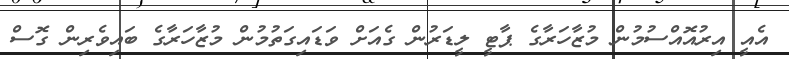
އެއީ އިރުއޮއްސުމުން މުޒާހަރާގެ ޕާޓީ ލީޑަރުން ގެއަށް ވަޑައިގަތުމުން މުޒާހަރާގެ ބައިވެރިން ގޮސް